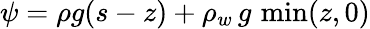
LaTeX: \psi=\rho g(s-z)+\rho_{w}\, g\, \operatorname*{min}(z,0)